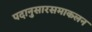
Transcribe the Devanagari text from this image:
पदानुसारसमाकलन